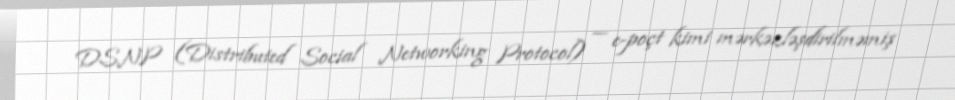
DSNP (Distributed Social Networking Protocol) — e-poçt kimi mərkəzləşdirilməmiş